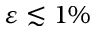
\varepsilon \lesssim 1 \%